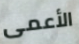
الأعمى